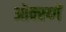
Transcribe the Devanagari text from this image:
ओक्स्य्गें